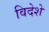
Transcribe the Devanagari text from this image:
विदेशे